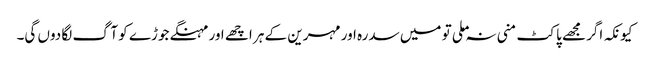
کیونکہ اگر مجھے پاکٹ منی نہ ملی تو میں سدرہ اور مہرین کے ہر اچھے اور مہنگے جوڑے کو آگ لگا دوں گی۔